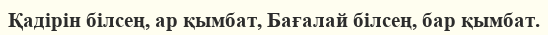
Қадірін білсең, ар қымбат, Бағалай білсең, бар қымбат.